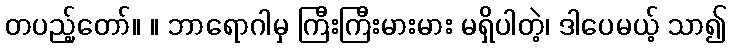
တပည့်တော်။ ။ ဘာရောဂါမှ ကြီးကြီးမားမား မရှိပါတဲ့၊ ဒါပေမယ့် သာ၍